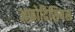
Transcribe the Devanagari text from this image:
अफ्रोदिसियस